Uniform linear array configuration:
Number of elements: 64
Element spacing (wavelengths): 0.5
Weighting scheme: cosine
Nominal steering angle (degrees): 30
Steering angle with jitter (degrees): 30.167
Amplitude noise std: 0.05
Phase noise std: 0.05

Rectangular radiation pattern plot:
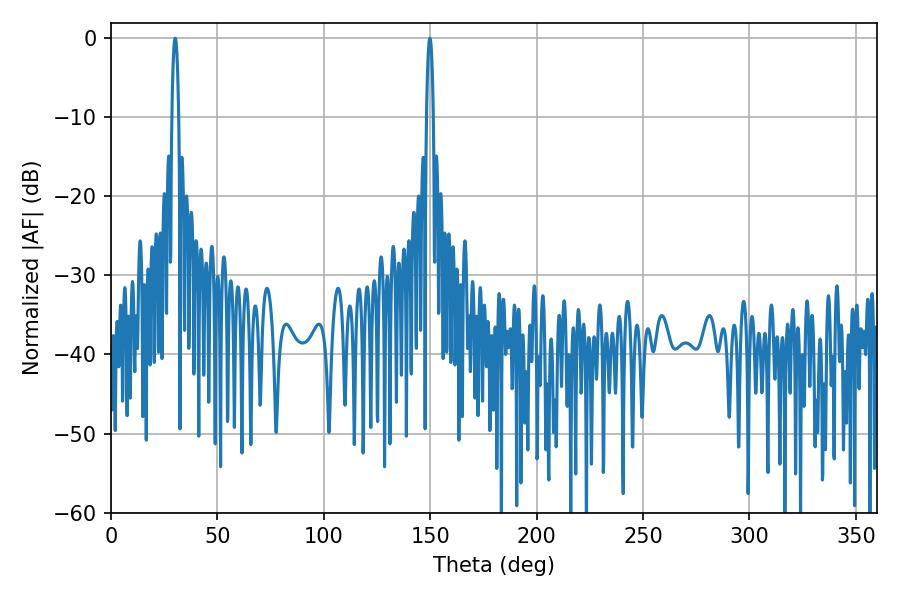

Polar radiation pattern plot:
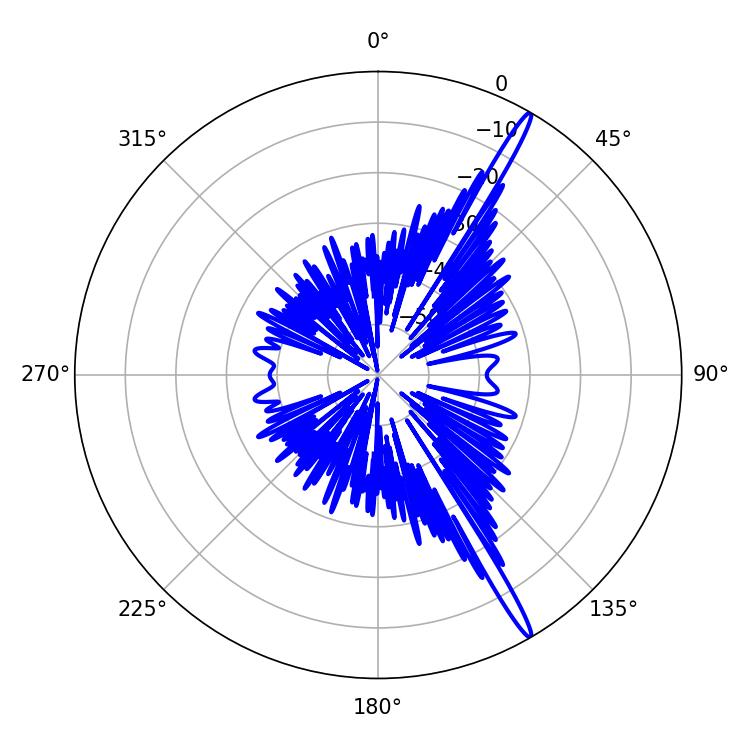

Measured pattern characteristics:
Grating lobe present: FALSE
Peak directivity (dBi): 17.363
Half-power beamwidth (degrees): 1.62
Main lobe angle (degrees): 30.24